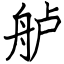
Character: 舻